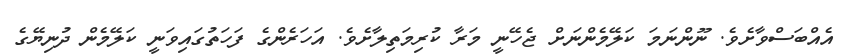
އެއްބަސްވާށެވެ. ނޫންނަމަ ކަލޭމެންނަށް ޖެހޭނީ މަރާ ކުރިމަތިލާށެވެ. އަހަރެންގެ ފަހަތުގައިވަނީ ކަލޭމެން ދުނިޔޭގެ